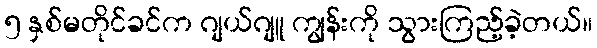
၅ နှစ်မတိုင်ခင်က ဂျယ်ဂျူ ကျွန်းကို သွားကြည့်ခဲ့တယ်။